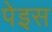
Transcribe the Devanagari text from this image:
पेइस